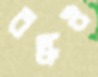
বস্কও